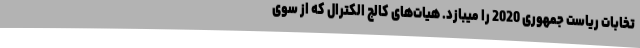
تخابات ریاست جمهوری 2020 را میبازد. هیات‌های کالج الکترال که از سوی